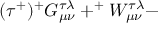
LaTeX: ( \tau ^ { + } ) ^ { + } G _ { \mu \nu } ^ { \tau \lambda } + ^ { + } W _ { \mu \nu } ^ { \tau \lambda } -